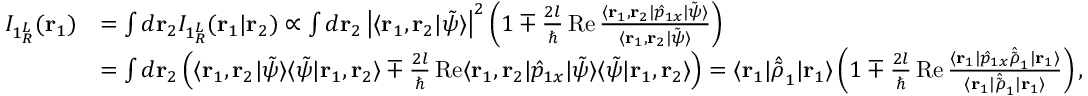
\begin{array} { r l } { I _ { 1 { ^ L _ { R } } } ( \mathbf { r } _ { 1 } ) } & { = \int d \mathbf { r } _ { 2 } I _ { 1 { ^ L _ { R } } } ( \mathbf { r } _ { 1 } | \mathbf { r } _ { 2 } ) \propto \int d \mathbf { r } _ { 2 } \left| \langle \mathbf { r } _ { 1 } , \mathbf { r } _ { 2 } | \tilde { \psi } \rangle \right| ^ { 2 } \left( 1 \mp \frac { 2 l } { \hbar } \operatorname { R e } \frac { \langle \mathbf { r } _ { 1 } , \mathbf { r } _ { 2 } | \hat { p } _ { 1 x } | \tilde { \psi } \rangle } { \langle \mathbf { r } _ { 1 } , \mathbf { r } _ { 2 } | \tilde { \psi } \rangle } \right) } \\ & { = \int d \mathbf { r } _ { 2 } \left( \langle \mathbf { r } _ { 1 } , \mathbf { r } _ { 2 } | \tilde { \psi } \rangle \langle \tilde { \psi } | \mathbf { r } _ { 1 } , \mathbf { r } _ { 2 } \rangle \mp \frac { 2 l } { \hbar } \operatorname { R e } \langle \mathbf { r } _ { 1 } , \mathbf { r } _ { 2 } | \hat { p } _ { 1 x } | \tilde { \psi } \rangle \langle \tilde { \psi } | \mathbf { r } _ { 1 } , \mathbf { r } _ { 2 } \rangle \right) = \langle \mathbf { r } _ { 1 } | \hat { \tilde { \rho } } _ { 1 } | \mathbf { r } _ { 1 } \rangle \left( 1 \mp \frac { 2 l } { \hbar } \operatorname { R e } \frac { \langle \mathbf { r } _ { 1 } | \hat { p } _ { 1 x } \hat { \tilde { \rho } } _ { 1 } | \mathbf { r } _ { 1 } \rangle } { \langle \mathbf { r } _ { 1 } | \hat { \tilde { \rho } } _ { 1 } | \mathbf { r } _ { 1 } \rangle } \right) , } \end{array}